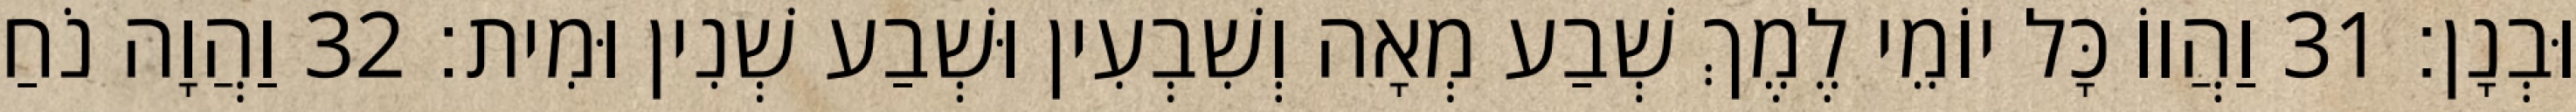
וּבְנָן׃ 31 וַהֲווֹ כָּל יוֹמֵי לֶמֶךְ שְׁבַע מְאָה וְשִׁבְעִין וּשְׁבַע שְׁנִין וּמִית׃ 32 וַהֲוָה נֹחַ